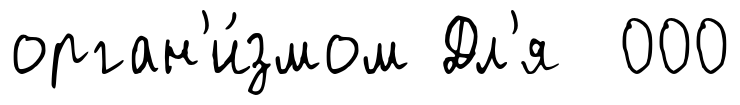
орган'и́змом Дл'я 000